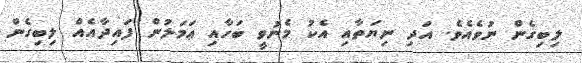
ލިބިގެން ނުވެއެވެ. އަދި ނިޔަތާއި އެކު މެނުވީ ބަހާއި ޢަމަލުން ފައިދާއެއް ލިބިގެން